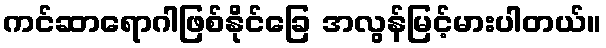
ကင်ဆာရောဂါဖြစ်နိုင်ခြေ အလွန်မြင့်မားပါတယ်။